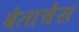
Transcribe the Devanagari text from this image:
बेताचेस